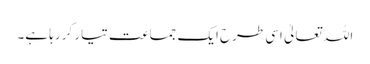
اللہ تعالیٰ اسی طرح ایک جماعت تیار کر رہا ہے۔